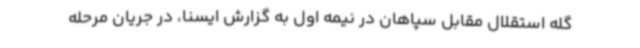
گله استقلال مقابل سپاهان در نیمه اول به گزارش ایسنا، در جریان مرحله